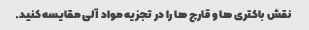
نقش باکتری ها و قارچ ها را در تجزیه مواد آلی مقایسه کنید.